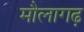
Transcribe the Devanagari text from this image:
मौलागढ़